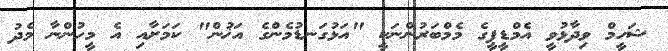
ޝަހީމް ވިދާޅުވީ އެމްޑީޕީގެ މެމްބަރުންނަކީ "އަޅުގަނޑުމެންގެ އަޚުން" ކަމަށާއި އެ މީހުންނާ މެދު